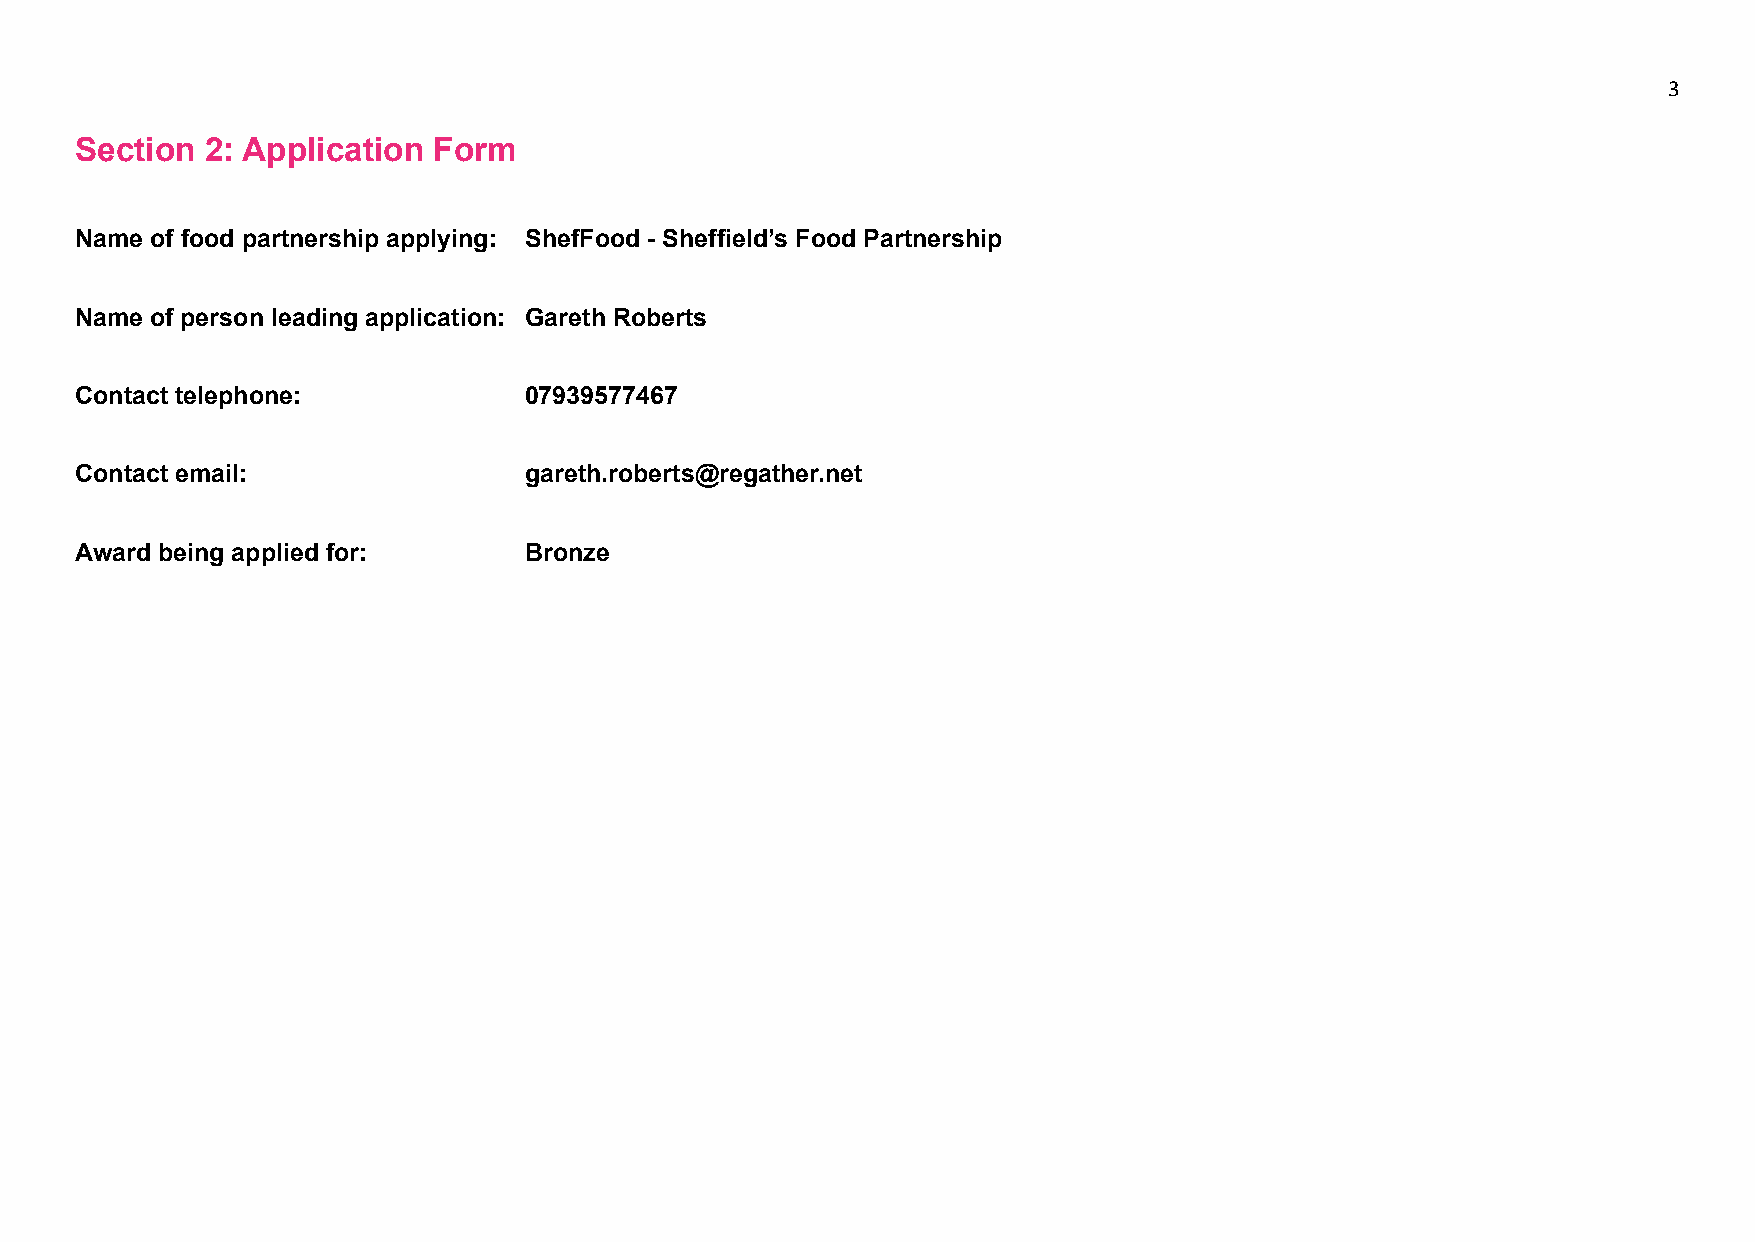
3
 Section  2: Application Form
 Name of food partnership applying: ShefFood - Sheffield’s Food Partnership
 Name of person leading application: Gareth Roberts
 Contact telephone:            07939577467
 Contact email:                gareth.roberts@regather.net
 Award being applied for:      Bronze